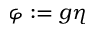
\varphi : = g \eta